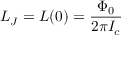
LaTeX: L _ { J } = L ( 0 ) = { \frac { \Phi _ { 0 } } { 2 \pi I _ { c } } }